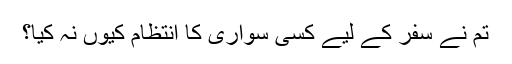
تم نے سفر کے لیے کسی سواری کا انتظام کیوں نہ کیا؟